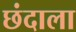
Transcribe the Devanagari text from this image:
छंदाला